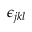
\epsilon _ { j k l }